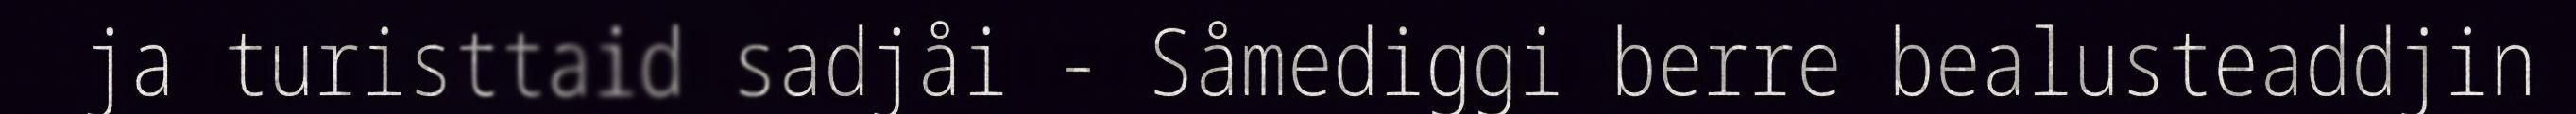
ja turisttaid sadjåi - Såmediggi berre bealusteaddjin